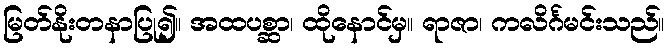
မြတ်နိုးတနာပြု၍။ အထပစ္ဆာ၊ ထိုနောင်မှ။ ရာဇာ၊ ကလိင်္ဂမင်းသည်။